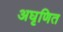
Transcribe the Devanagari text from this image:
अघृणित